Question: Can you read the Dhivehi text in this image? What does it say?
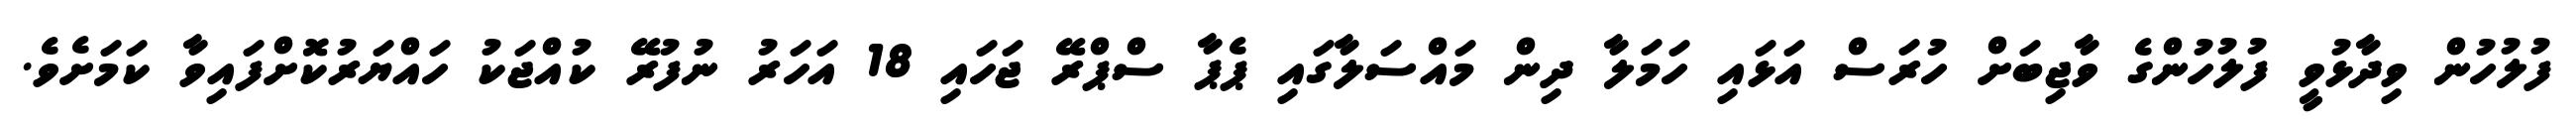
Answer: ފުލުހުން ވިދާޅުވީ ފުލުހުންގެ ވާޖިބަށް ހުރަސް އަޅައި ހަމަލާ ދިން މައްސަލާގައި ޕެޕާ ސްޕްރޭ ޖަހައި 18 އަހަރު ނުފުރޭ ކުއްޖަކު ހައްޔަރުކޮށްފައިވާ ކަމަށެވެ.